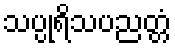
သပ္ပုရိသပညတ္တံ